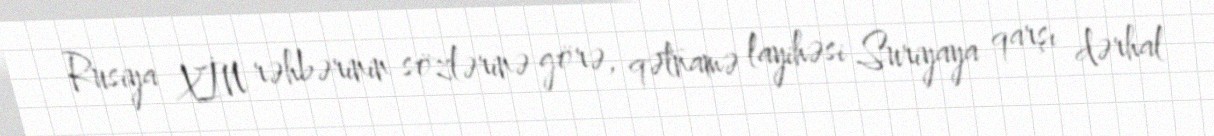
Rusiya XİN rəhbərinin sözlərinə görə, qətnamə layihəsi Suriyaya qarşı dərhal